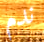
ندم